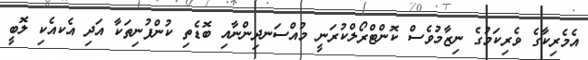
އެމެރިކާގެ ވެރިކަމުގެ ނިޒާމުވެސް ކޮންޓްރޯލްކުރަނީ މުއްސަނދިންނާއި ބޮޑެތި ކުންފުނިތަކާ އަދި އެކއެކި ލޮބީ